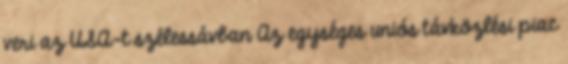
veri az USA-t szélessávban Az egységes uniós távközlési piac